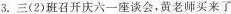
3.三(2)班召开庆六一座谈会，黄老师买来了